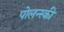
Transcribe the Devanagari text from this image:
पोलन्स्की